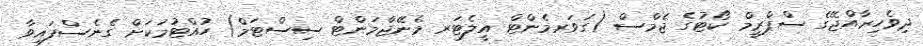
ދިވެހިރާއްޖޭގެ ސްޕްރީމް ކޯޓުގެ ޖެމްސް (ގަވަރމެންޓް އީލެޓަރ މެނޭޖްމަންޓް ސިސްޓަމް) ހުއްޓުމަކަށް ގެނެސްފައިވާ